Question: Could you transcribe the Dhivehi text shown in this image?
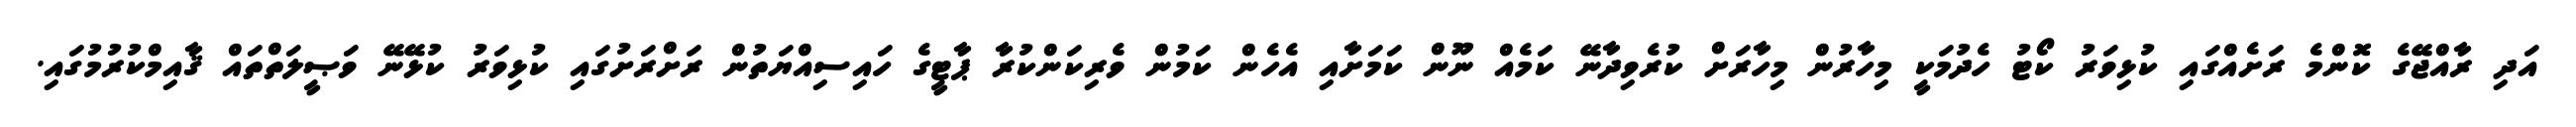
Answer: އަދި ރާއްޖޭގެ ކޮންމެ ރަށެއްގައި ކުޅިވަރު ކޯޓު ހެދުމަކީ މިހާރުން މިހާރަށް ކުރެވިދާނޭ ކަމެއް ނޫން ކަމަށާއި އެހެން ކަމުން ވެރިކަންކުރާ ޕާޓީގެ ހައިސިއްޔަތުން ރަށްރަށުގައި ކުޅިވަރު ކުޅޭނޭ ވަޞީލަތްތައް ޤާއިމްކުރުމުގައި.